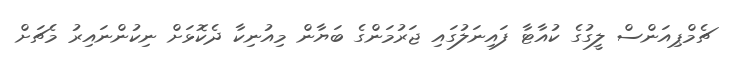
ޗެމްޕިއަންސް ލީގުގެ ކުއާޓާ ފައިނަލުގައި ޖަރުމަންގެ ބަޔާން މިއުނިކާ ދެކޮޅަށް ނިކުންނައިރު މެޗަށް